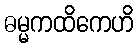
ဓမ္မကထိကေဟိ